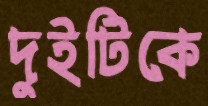
দুইটিকে